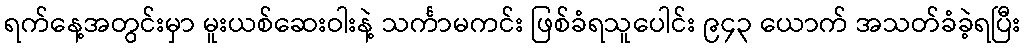
ရက်နေ့အတွင်းမှာ မူးယစ်ဆေးဝါးနဲ့ သင်္ကာမကင်း ဖြစ်ခံရသူပေါင်း ၉၄၃ ယောက် အသတ်ခံခဲ့ရပြီး